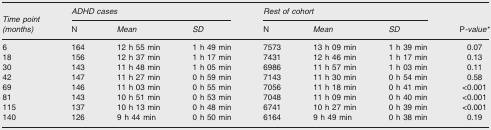
<table><thead><tr><td></td><td colspan="3"><b><i>ADHD cases</i></b></td><td colspan="3"><b><i>Rest of cohort</i></b></td><td></td></tr><tr><td><b><i>Time point (months)</i></b></td><td><b>N</b></td><td><b><i>Mean</i></b></td><td><b><i>SD</i></b></td><td><b>N</b></td><td><b><i>Mean</i></b></td><td><b><i>SD</i></b></td><td><b>P-<i>value</i>*</b></td></tr></thead><tbody><tr><td>6</td><td>164</td><td>12 h 55 min</td><td>1 h 49 min</td><td>7573</td><td>13 h 09 min</td><td>1 h 39 min</td><td>0.07</td></tr><tr><td>18</td><td>156</td><td>12 h 37 min</td><td>1 h 17 min</td><td>7431</td><td>12 h 46 min</td><td>1 h 17 min</td><td>0.13</td></tr><tr><td>30</td><td>143</td><td>11 h 48 min</td><td>1 h 05 min</td><td>6986</td><td>11 h 57 min</td><td>1 h 03 min</td><td>0.11</td></tr><tr><td>42</td><td>147</td><td>11 h 27 min</td><td>0 h 59 min</td><td>7143</td><td>11 h 30 min</td><td>0 h 54 min</td><td>0.58</td></tr><tr><td>69</td><td>146</td><td>11 h 03 min</td><td>0 h 55 min</td><td>7056</td><td>11 h 18 min</td><td>0 h 41 min</td><td>&lt;0.001</td></tr><tr><td>81</td><td>143</td><td>10 h 51 min</td><td>0 h 53 min</td><td>7048</td><td>11 h 09 min</td><td>0 h 40 min</td><td>&lt;0.001</td></tr><tr><td>115</td><td>137</td><td>10 h 13 min</td><td>0 h 48 min</td><td>6741</td><td>10 h 27 min</td><td>0 h 39 min</td><td>&lt;0.001</td></tr><tr><td>140</td><td>126</td><td>9 h 44 min</td><td>0 h 50 min</td><td>6164</td><td>9 h 49 min</td><td>0 h 38 min</td><td>0.19</td></tr></tbody></table>